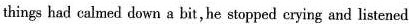
things had calmed dawn a bit, he stopped crying and listened